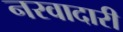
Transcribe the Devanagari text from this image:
नरवादारी